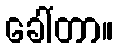
ခေါ်တာ။